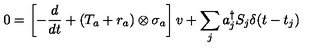
0 = \left[ - { \frac { d } { d t } } + ( { T _ { a } } + { r _ { a } } ) \otimes { \sigma _ { a } } \right] v + \sum _ { j } a _ { j } ^ { \dagger } S _ { j } \delta ( t - t _ { j } )